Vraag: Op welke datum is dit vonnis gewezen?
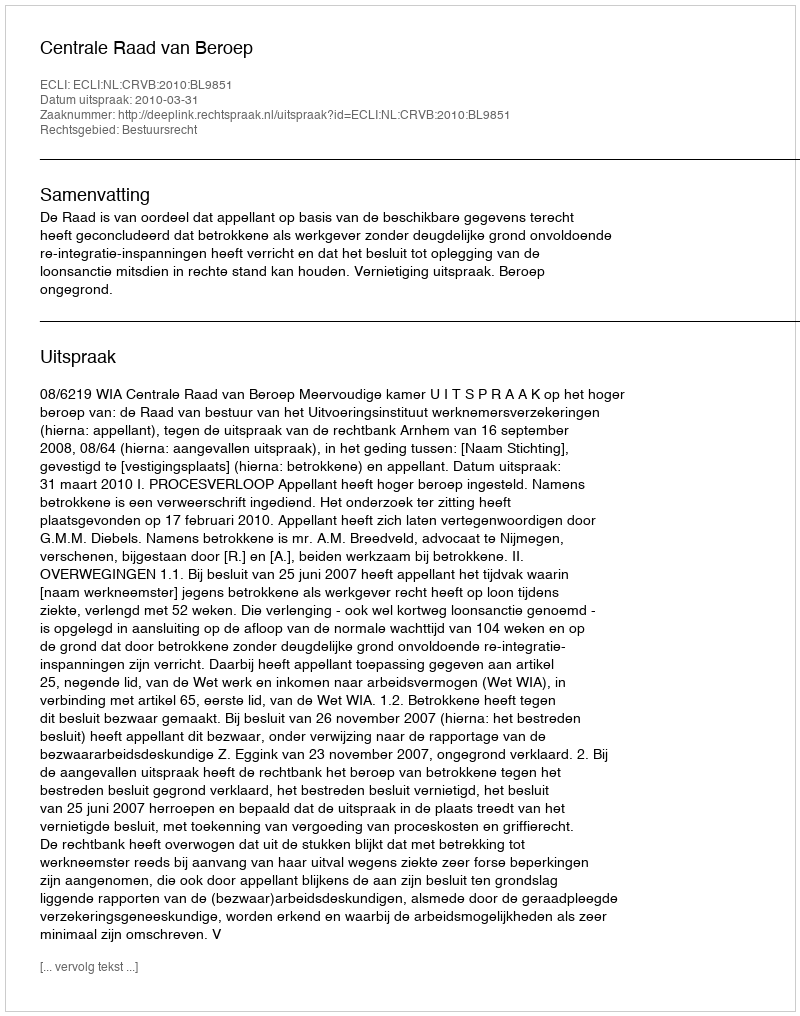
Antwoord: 2010-03-31